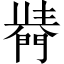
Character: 𨵣